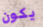
يكون